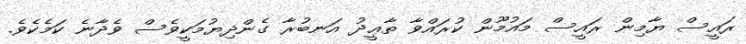
ރައީސް ޔާމިން ރައީސް މައުމޫން ކުރައްވާ ތާޢީދު އަނބުރާ ގެންދިޔުމަކީވެސް ވެދާނެ ކަމެކެވެ.